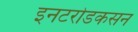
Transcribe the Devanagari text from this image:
इनटरोडकसन